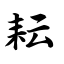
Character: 耘